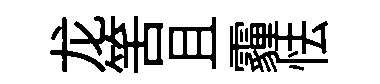
龙筈且霾怯